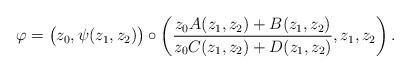
LaTeX: \begin{align*}\varphi=\big(z_0,\psi(z_1,z_2)\big)\circ\left(\frac{z_0A(z_1,z_2)+B(z_1,z_2)}{z_0C(z_1,z_2)+D(z_1,z_2)},z_1,z_2\right).\end{align*}